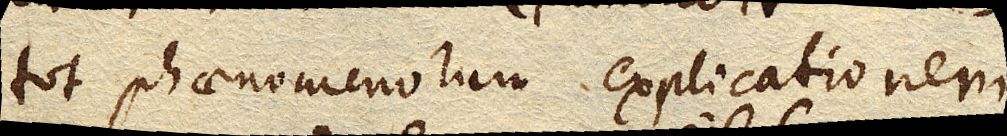
tot phaenomenorum explicationem.